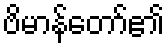
ဗိမာန်တော်၏